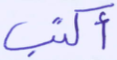
أكتب